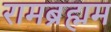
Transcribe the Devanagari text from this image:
रामब्रह्मम